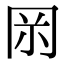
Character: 𠕚